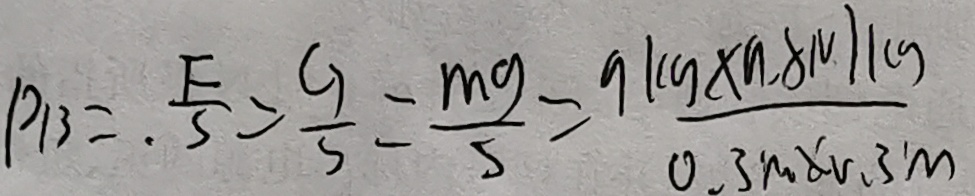
P B = . \frac { F } { S } = \frac { G } { S } = \frac { m g } { s } = \frac { 9 k g \times 9 . 8 N / k g } { 0 . 3 m \times 0 . 3 ^ { \prime } m }